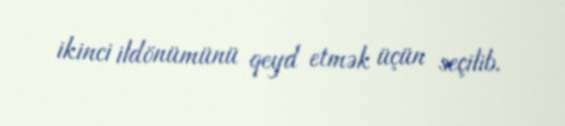
ikinci ildönümünü qeyd etmək üçün seçilib.